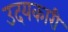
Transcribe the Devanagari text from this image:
उदयकारी